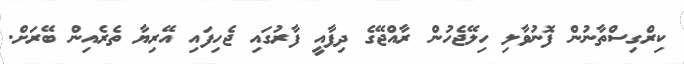
ކިރްގިސްތާނުން ފޮނުވާލި ހިލޭޖެހުން ރާއްޖޭގެ ދިފާއީ ފާރުގައި ޖެހިފައި އޭރިޔާ ތެރެއިން ބޭރަށް.